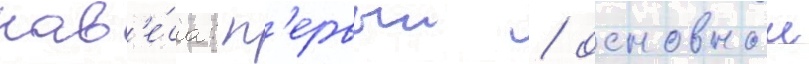
нав'е́са: п'ервыи / основнои